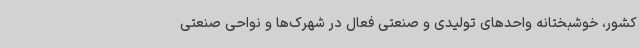
کشور، خوشبختانه واحدهای تولیدی و صنعتی فعال در شهرک‌ها و نواحی صنعتی